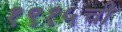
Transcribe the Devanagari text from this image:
१९१५ची